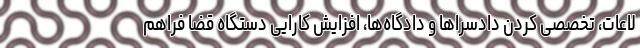
لاعات، تخصصی کردن دادسراها و دادگاه‌ها، افزایش کارایی دستگاه قضا فراهم